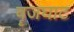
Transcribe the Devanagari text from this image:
वॄजघाट